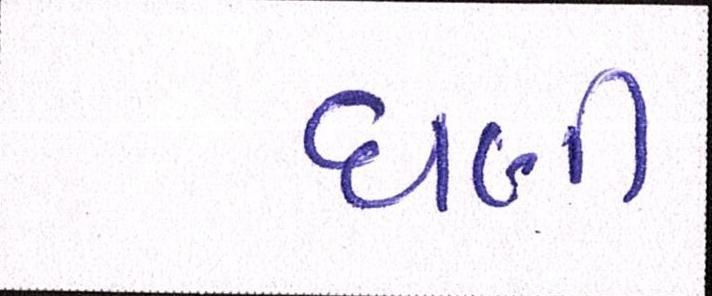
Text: ઘણી